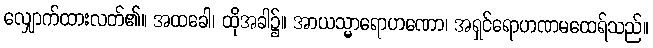
လျှောက်ထားလတ်၏။ အထခေါ၊ ထိုအခါ၌။ အာယသ္မာရောဟဏော၊ အရှင်ရောဟဏမထေရ်သည်။